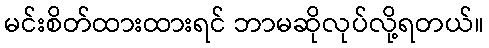
မင်းစိတ်ထားထားရင် ဘာမဆိုလုပ်လို့ရတယ်။